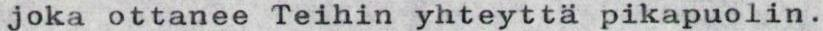
joka ottanee Teihin yhteyttä pikapuolin.